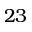
2 3